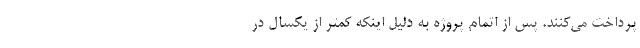
پرداخت می‌کنند. پس از اتمام پروژه به دلیل اینکه کمتر از یکسال در